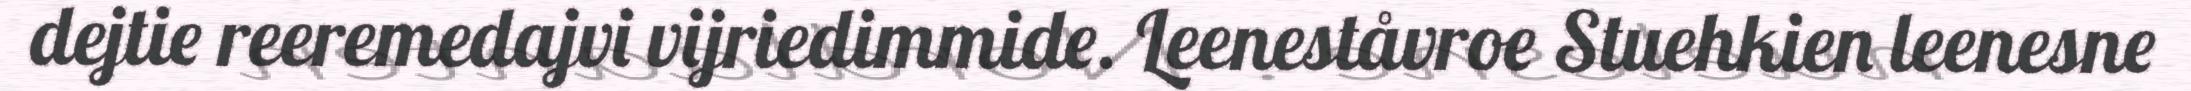
dejtie reeremedajvi vijriedimmide. Leeneståvroe Stuehkien leenesne